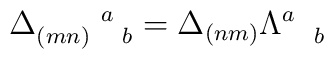
\Delta _{(mn)\quad b}^{\quad \quad a}=\Delta _{(nm)}\Lambda _{\quad b}^{a}